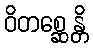
ဝိတစ္ဆေန္တိ